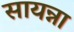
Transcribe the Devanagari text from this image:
सायन्ना